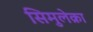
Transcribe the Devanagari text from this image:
सिमुलेक्रा